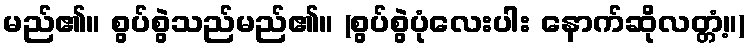
မည်၏။ စွပ်စွဲသည်မည်၏။ (စွပ်စွဲပုံလေးပါး နောက်ဆိုလတ္တံ့။)